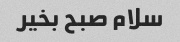
سلام صبح بخیر